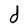
Character: d